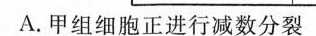
A.甲组细胞正进行减数分裂